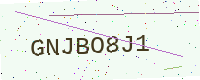
Text: GNJBO8J1